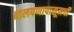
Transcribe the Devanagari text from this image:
बालपणापासूनची